Lunatic asylums Punjab 1868-1880 - 1868-1880
Year: 1868
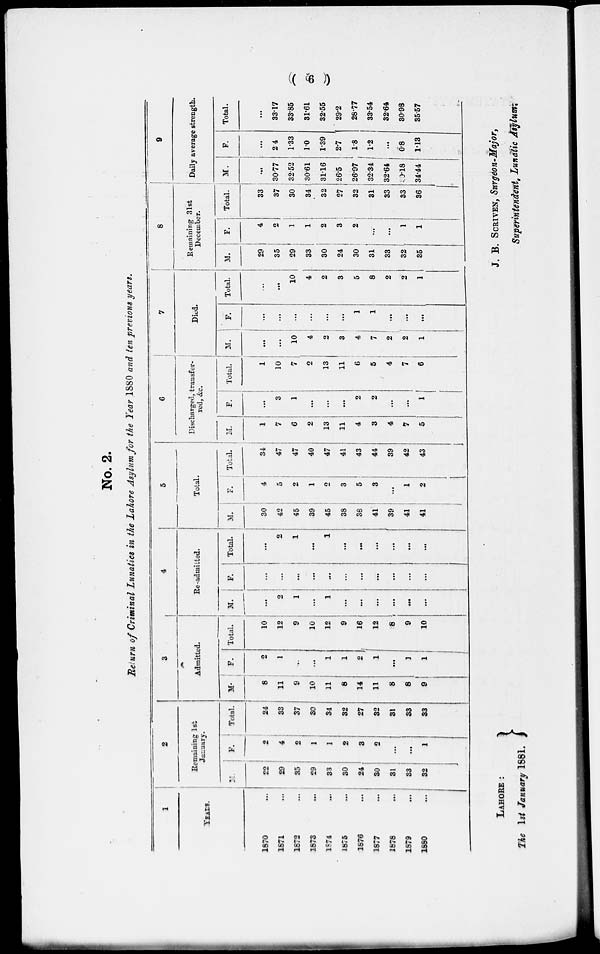
( 6 )
No. 2.
Return of Criminal Lunatics in the Lahore Asylum for the Year 1880 and ten previous years.
1
YEARS.
1870 ...
1871 ...
1872 ...
1873 ...
1874 ...
1875
...
1876 ...
1877 ...
1878 ...
1879 ...
1880
...
2
Remaining 1st
January.
M.
22
29
35
29
33
30
24
30
31
33
32
F.
2
4
2
1
1
2
3
2
...
...
1
Total.
24
33
37
30
34
32
27
32
31
33
33
3
Admitted.
M.
8
11
9
10
11
8
14
11
8
8
9
F.
2
1
...
...
1
1
2
1
...
1
1
Total.
10
12
9
10
12
9
16
12
8
9
10
4
Re-admitted.
M.
...
2
1
...
1
...
...
...
...
...
...
F.
...
...
...
...
...
...
...
...
...
...
Total.
...
2
1
...
1
...
...
...
...
...
...
5
Total.
M.
30
42
45
39
45
38
38
41
39
41
41
F.
4
5
2
1
2
3
5
3
...
1
2
Total.
34
47
47
40
47
41
43
44
39
42
43
6
Discharged, transfer-
red, &c.
M.
...
7
6
2
13
11
4
3
4
7
5
F.
...
3
1
...
...
...
2
2
...
...
1
Total.
1
10
7
2
13
11
6
5
4
7
6
7
Died.
M.
...
...
10
4
2
3
4
7
2
2
1
F.
... ...
...
...
...
...
1
1
...
...
...
Total.
...
...
10
4
2
3
5
8
2
2
1
8
Reimaining 31st
December.
M.
29
35
29
33
30
24
30
31
33
32
35
F.
4
2
1
1
2
3
2
...
...
1
1
Total.
33
37
30
34
32
27
32
31
33
33
36
9
Daily average strength.
M.
...
30.77
32.52
30.61
31.16
26.5
26.97
32.34
32.64
30.18
34.44
F.
...
2.4
1.33
1.0
1.39
2.7
1.8
1.2
...
0.8
1.13
Total.
...
33.17
33.85
31.61
32.55
29.2
28.77
33.54
32.64
30.98
35.57
LAHORE :
The 1st January 1881.
J. B. SCRIVEN, Surgeon-Major,
Superintendent, Lunatic sylum